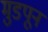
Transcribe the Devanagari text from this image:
मुडपून